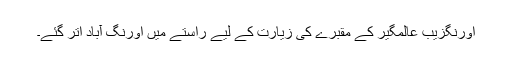
اورنگزیب عالمگیر کے مقبرے کی زیارت کے لیے راستے میں اورنگ آباد اُتر گئے۔